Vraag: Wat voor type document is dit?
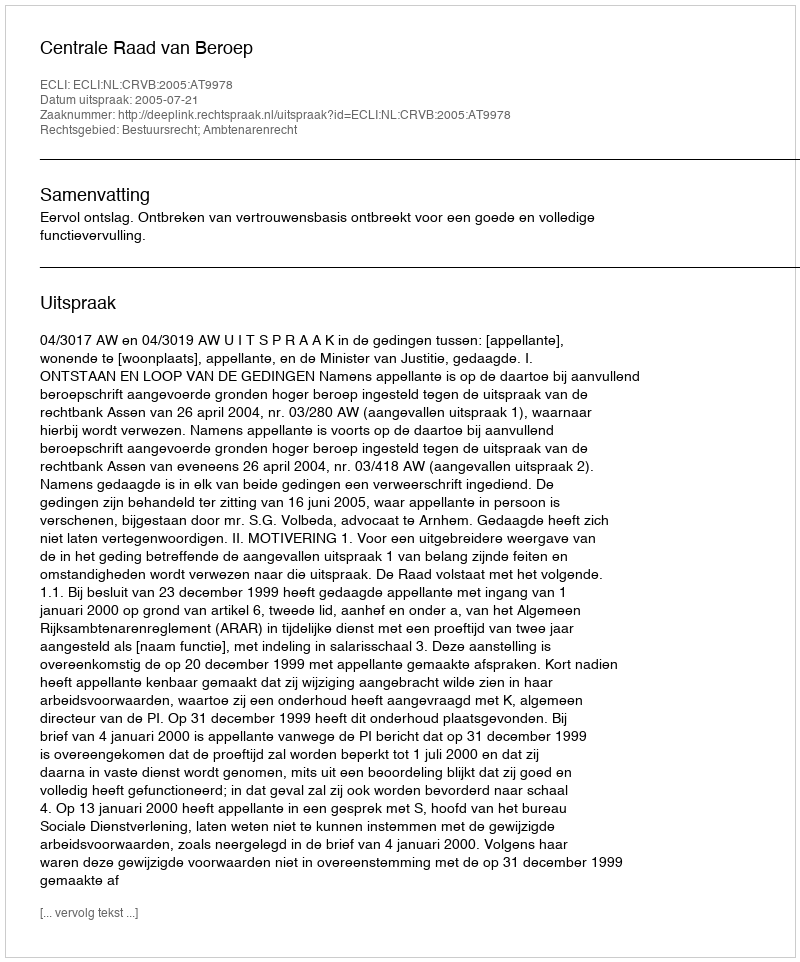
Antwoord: Uitspraak